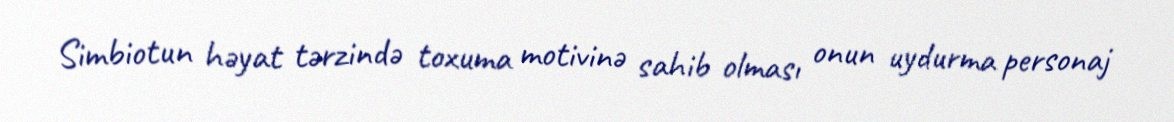
Simbiotun həyat tərzində toxuma motivinə sahib olması onun uydurma personaj